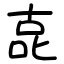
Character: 㖛